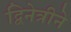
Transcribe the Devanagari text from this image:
द्विनेत्रीने